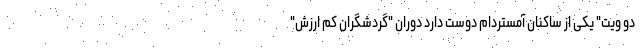
دو ویت" یکی از ساکنان آمستردام دوست دارد دوران "گردشگران کم ارزش"